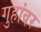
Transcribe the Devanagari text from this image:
गुहांवर